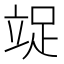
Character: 䇍